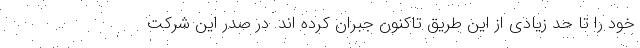
خود را تا حد زیادی از این طریق تاکنون جبران کرده اند. در صدر این شرکت